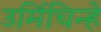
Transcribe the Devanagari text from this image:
उर्मिचिन्हे